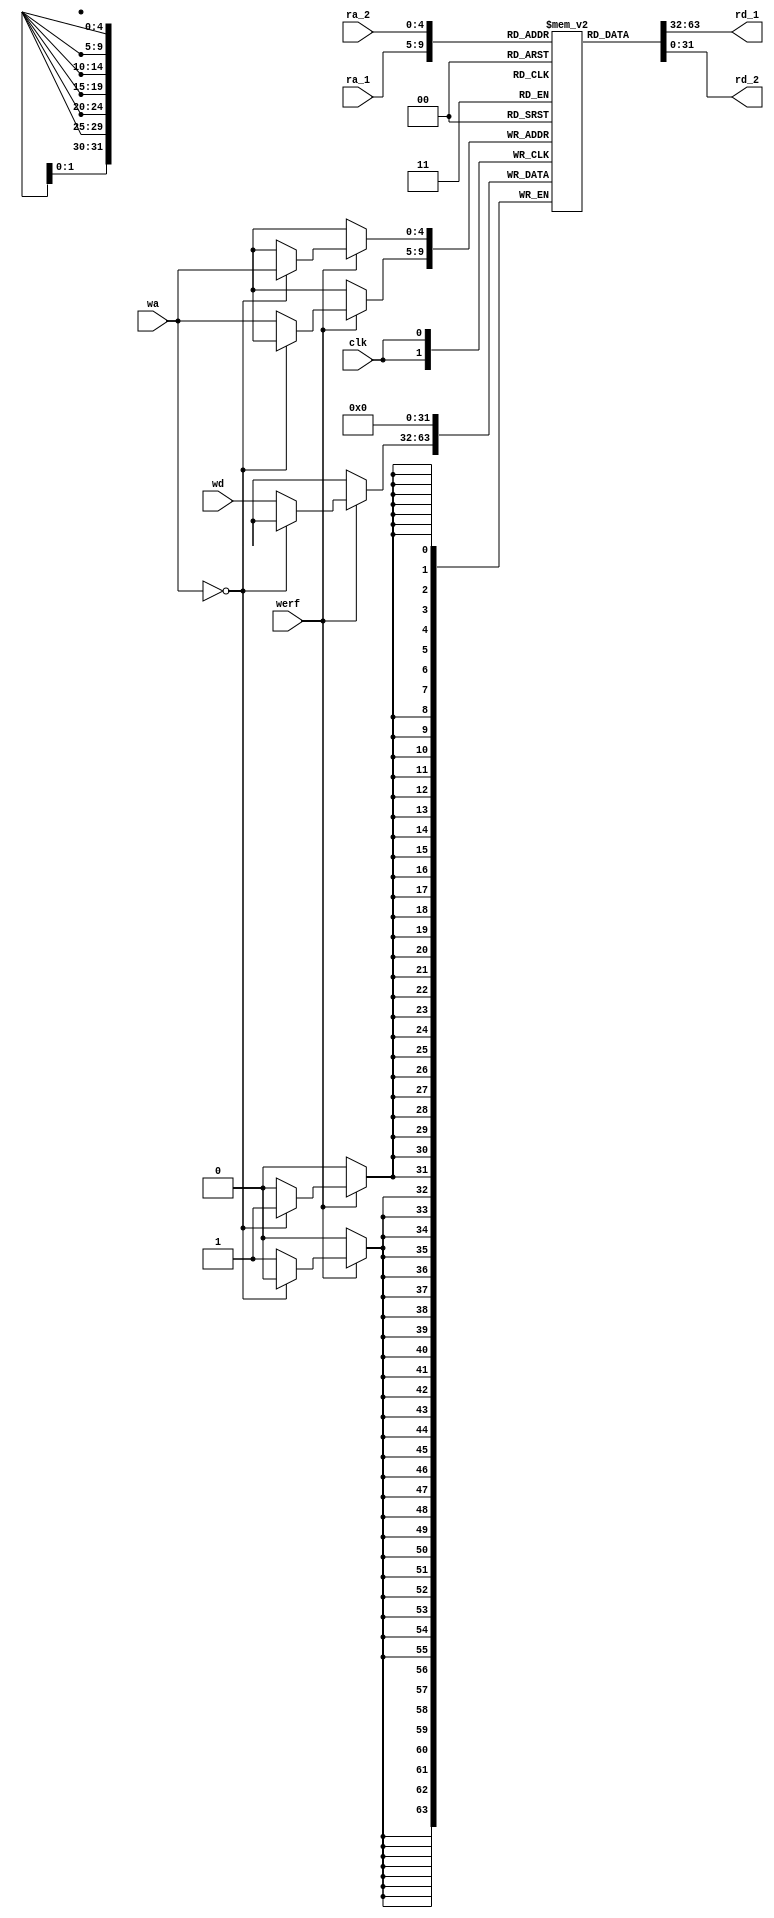
module regfile #(
  parameter DATAWIDTH = 32,
  parameter REGISTERS = 32,
  parameter INDEX = $clog2(REGISTERS)
) (
  input clk,
  input werf,
  input [INDEX-1:0] wa,
  input [DATAWIDTH-1:0] wd,
  input [INDEX-1:0] ra_1,
  input [INDEX-1:0] ra_2,
  output [DATAWIDTH-1:0] rd_1,
  output [DATAWIDTH-1:0] rd_2
);

reg [DATAWIDTH-1:0] regs [REGISTERS-1:0];

initial regs[0] = 0;

always @(posedge clk) begin
  if (werf) begin
    if (wa == 0) regs[wa] <= 0;
    else regs[wa] <= wd;
  end
end

assign rd_1 = regs[ra_1];
assign rd_2 = regs[ra_2];

endmodule